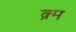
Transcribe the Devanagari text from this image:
क्र्म